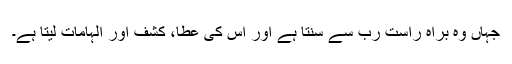
جہاں وہ براہِ راست رب سے سنتا ہے اور اُس کی عطا، کشف اور اِلہامات لیتا ہے۔